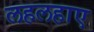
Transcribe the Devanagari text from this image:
लहलहाए